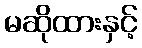
မဆိုထားနှင့်